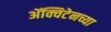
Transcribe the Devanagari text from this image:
ॲक्विटेनच्या